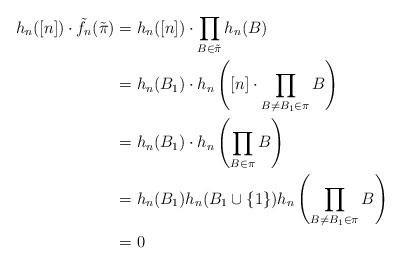
LaTeX: \begin{align*}h_n([n]) \cdot \tilde{f}_n(\tilde{\pi}) &= h_n([n])\cdot \prod_{B \in \tilde{\pi}} h_n(B) \\&= h_n(B_1) \cdot h_n \left([n] \cdot \prod_{B\neq B_1 \in \pi} B\right) \\&= h_n(B_1) \cdot h_n\left(\prod_{B\in \pi} B\right) \\&= h_n(B_1) h_n(B_1 \cup \{1\}) h_n \left(\prod_{B\neq B_1 \in \pi} B\right)\\&=0\end{align*}